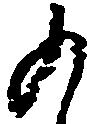
の